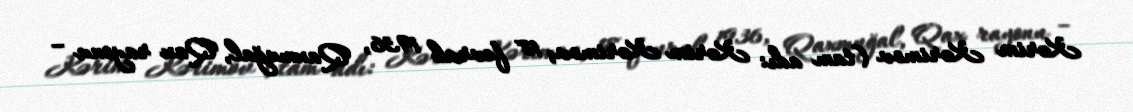
Kərim Kərimov (tam adı: Kərim Kərimov; 18 fevral 1936, Qaxmuğal, Qax rayonu –